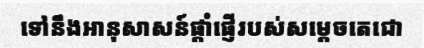
ទៅនឹងអានុសាសន៍ផ្តាំផ្ញើរបស់សម្តេចតេជោ